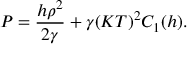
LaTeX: P = \frac { h \rho ^ { 2 } } { 2 \gamma } + \gamma ( K T ) ^ { 2 } C _ { 1 } ( h ) .